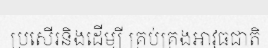
ប្រសើរនិងដើម្បី គ្រប់គ្រងអាវុធជាតិ